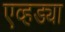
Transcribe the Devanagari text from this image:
एव्हड्या